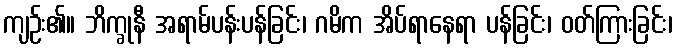
ကျဉ်း၏။ ဘိက္ခုနီ အရာမ်ပန်းပန်ခြင်း၊ ဂမိက အိပ်ရာနေရာ ပန်ခြင်း၊ ဝတ်ကြားခြင်း၊